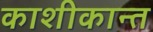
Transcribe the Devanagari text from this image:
काशीकान्त